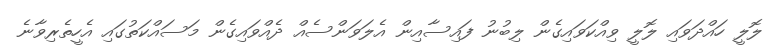
ލޮލީ ހައްދަވައި ލޮލީ ވިއްކަވައިގެން ލިބުނު ފައިސާއިން އެލަވަންސެއް ދެއްވައިގެން މަސައްކަތުގައި އެހީތެރިވާނެ